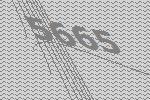
5665